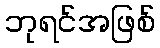
ဘုရင်အဖြစ်